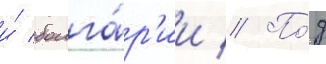
и́ болга́р'ии // По́д